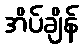
အိပ်ချိန်